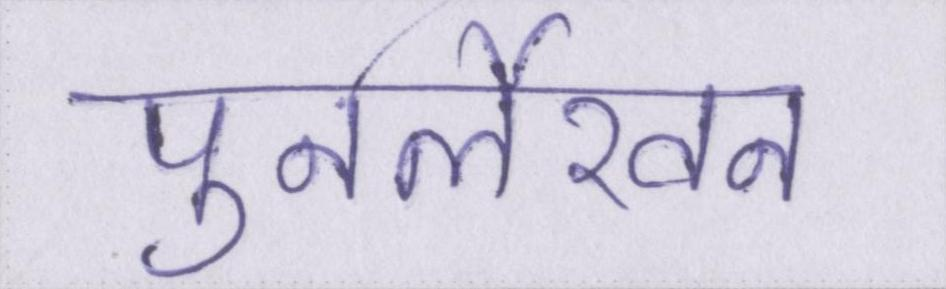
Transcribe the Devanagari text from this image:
पुनर्लेखन